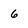
Character: 6